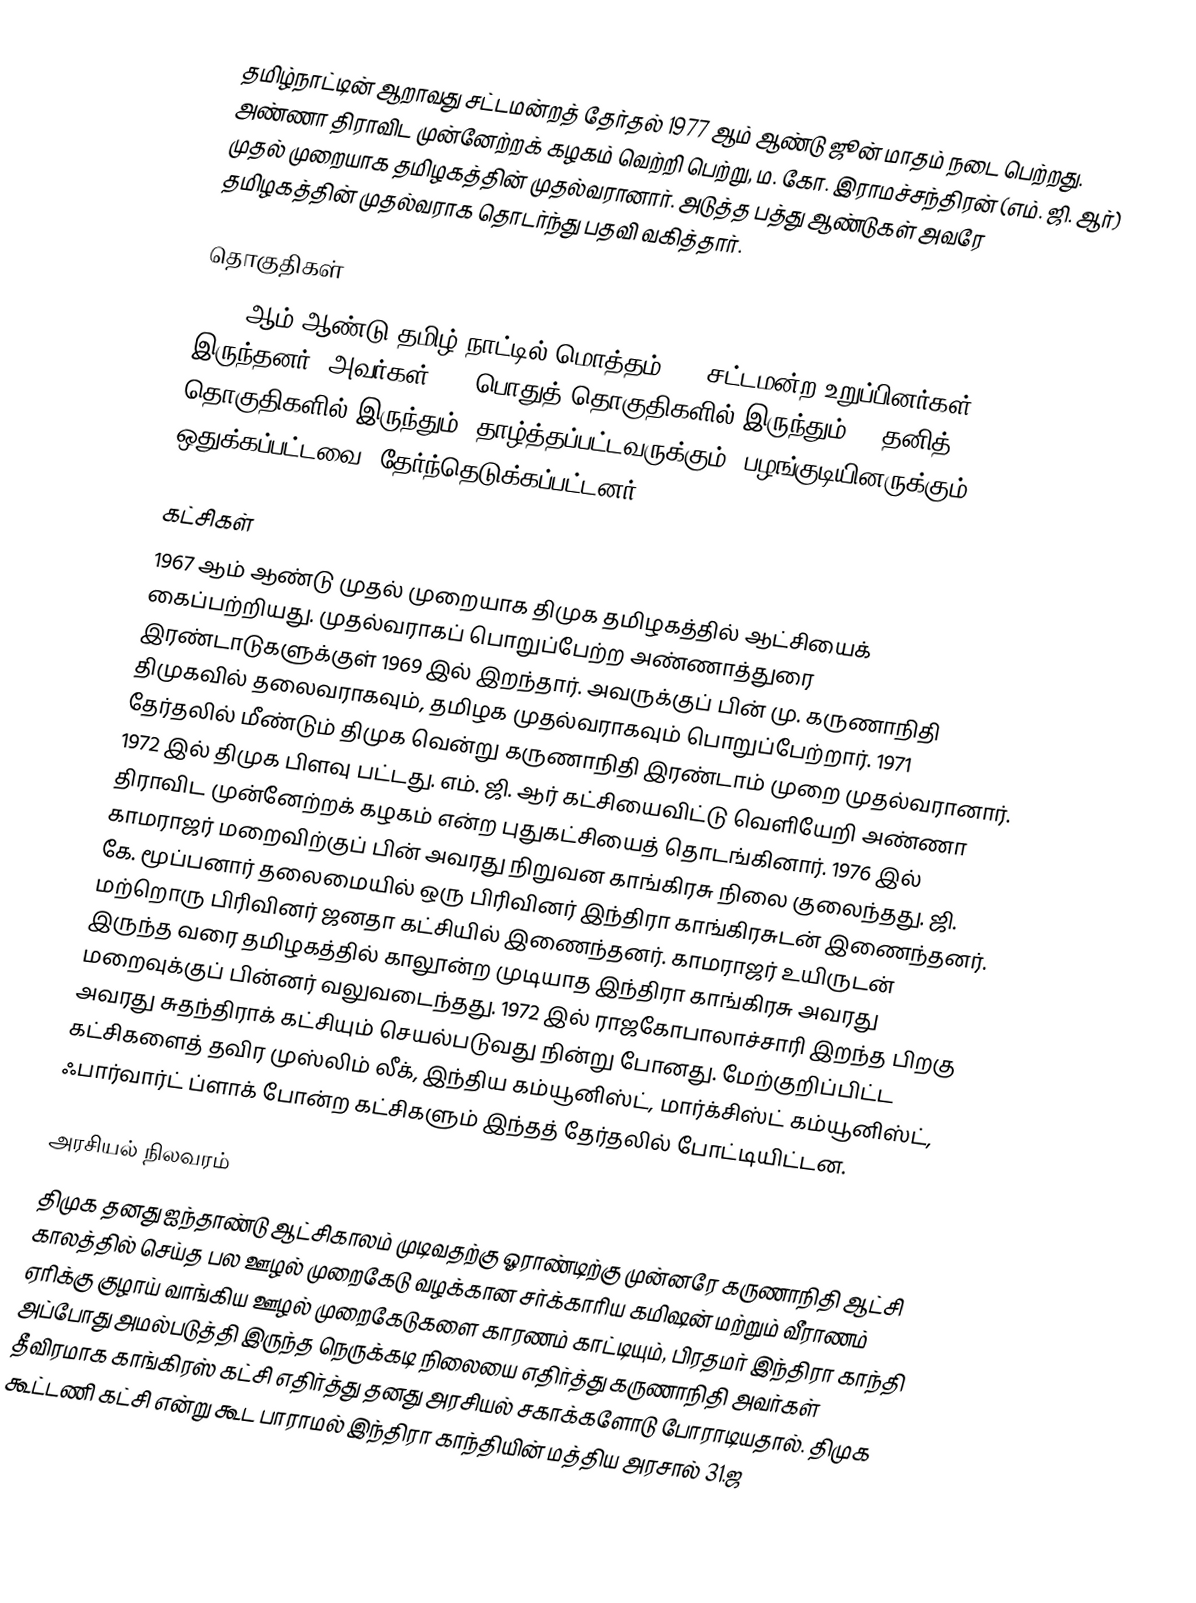
தமிழ்நாட்டின் ஆறாவது சட்டமன்றத் தேர்தல் 1977 ஆம் ஆண்டு ஜூன் மாதம் நடை பெற்றது. அண்ணா திராவிட முன்னேற்றக் கழகம் வெற்றி பெற்று, ம. கோ. இராமச்சந்திரன் (எம். ஜி. ஆர்) முதல் முறையாக தமிழகத்தின் முதல்வரானார். அடுத்த பத்து ஆண்டுகள் அவரே தமிழகத்தின் முதல்வராக தொடர்ந்து பதவி வகித்தார்.

தொகுதிகள்
1977 ஆம் ஆண்டு தமிழ் நாட்டில் மொத்தம் 234 சட்டமன்ற உறுப்பினர்கள் இருந்தனர். அவர்கள் 189  பொதுத் தொகுதிகளில் இருந்தும் 45 தனித் தொகுதிகளில் இருந்தும் (தாழ்த்தப்பட்டவருக்கும், பழங்குடியினருக்கும் ஒதுக்கப்பட்டவை) தேர்ந்தெடுக்கப்பட்டனர்.

கட்சிகள்
1967 ஆம் ஆண்டு முதல் முறையாக திமுக தமிழகத்தில் ஆட்சியைக் கைப்பற்றியது. முதல்வராகப் பொறுப்பேற்ற அண்ணாத்துரை இரண்டாடுகளுக்குள் 1969 இல் இறந்தார். அவருக்குப் பின் மு. கருணாநிதி திமுகவில் தலைவராகவும், தமிழக முதல்வராகவும் பொறுப்பேற்றார். 1971 தேர்தலில் மீண்டும் திமுக வென்று கருணாநிதி இரண்டாம் முறை முதல்வரானார். 1972 இல் திமுக பிளவு பட்டது. எம். ஜி. ஆர் கட்சியைவிட்டு வெளியேறி அண்ணா திராவிட முன்னேற்றக் கழகம் என்ற புதுகட்சியைத் தொடங்கினார். 1976 இல் காமராஜர் மறைவிற்குப் பின் அவரது நிறுவன காங்கிரசு நிலை குலைந்தது. ஜி. கே. மூப்பனார் தலைமையில் ஒரு பிரிவினர் இந்திரா காங்கிரசுடன் இணைந்தனர். மற்றொரு பிரிவினர் ஜனதா கட்சியில் இணைந்தனர். காமராஜர் உயிருடன் இருந்த வரை தமிழகத்தில் காலூன்ற முடியாத இந்திரா காங்கிரசு அவரது மறைவுக்குப் பின்னர் வலுவடைந்தது. 1972 இல் ராஜகோபாலாச்சாரி இறந்த பிறகு அவரது சுதந்திராக் கட்சியும் செயல்படுவது நின்று போனது. மேற்குறிப்பிட்ட கட்சிகளைத் தவிர முஸ்லிம் லீக், இந்திய கம்யூனிஸ்ட், மார்க்சிஸ்ட் கம்யூனிஸ்ட், ஃபார்வார்ட் ப்ளாக் போன்ற கட்சிகளும் இந்தத் தேர்தலில் போட்டியிட்டன.

அரசியல் நிலவரம்
 திமுக தனது ஐந்தாண்டு ஆட்சிகாலம் முடிவதற்கு ஓராண்டிற்கு முன்னரே கருணாநிதி ஆட்சி காலத்தில் செய்த பல ஊழல் முறைகேடு வழக்கான சர்க்காரிய கமிஷன் மற்றும் வீராணம் ஏரிக்கு குழாய் வாங்கிய ஊழல் முறைகேடுகளை காரணம் காட்டியும், பிரதமர் இந்திரா காந்தி அப்போது அமல்படுத்தி இருந்த நெருக்கடி நிலையை எதிர்த்து கருணாநிதி அவர்கள் தீவிரமாக காங்கிரஸ் கட்சி எதிர்த்து தனது அரசியல் சகாக்களோடு போராடியதால். திமுக கூட்டணி கட்சி என்று கூட பாராமல் இந்திரா காந்தியின் மத்திய அரசால் 31.ஜ